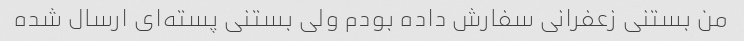
من بستنی زعفرانی سفارش داده بودم ولی بستنی پسته‌ای ارسال شده